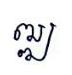
ឍ្ឍ